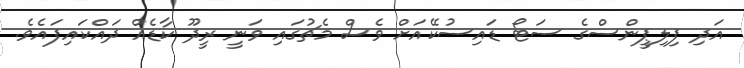
އަދި ފިލިޕީންސްގެ ސަޓޯ ޑައިސުކޭއަށް ވެސް މެޗުގައި ވަނީ ރީދޫ ކާޑެއް ދައްކައިފައެވެ.